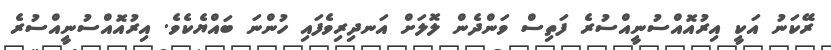
ރޭކަނު އަކީ އިރުއޮއްސުނީއްސުރެ ފަތިސް ވަންދެން ލޮލަށް އަނދިރިވެފައި ހުންނަ ބައްޔެކެވެ. އިރުއޮއްސުނީއްސުރެ